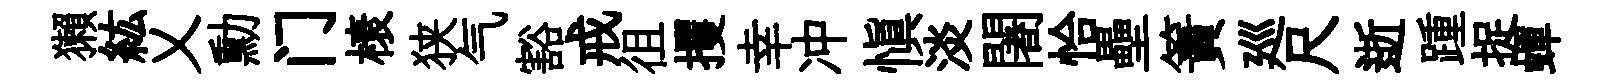
獺紘乂勳门榱狭气豁戒徂攫幸冲慎淡闍恰壘簀廵尺逝踵捉蟬